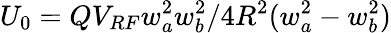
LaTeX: U_{0}=QV_{RF}w_{a}^{2}w_{b}^{2}/4R^{2}(w_{a}^{2}-w_{b}^{2})